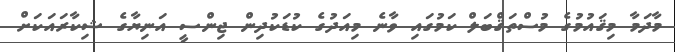
މާދަމާ މިޤައުމުގެ މުސްތަޤްބަލް ކަމުގައި ވާނެ މިއަދުގެ ކުޑަކުދިން ޖިންސީ އަނިޔާގެ ޝިކާރައަކަށް